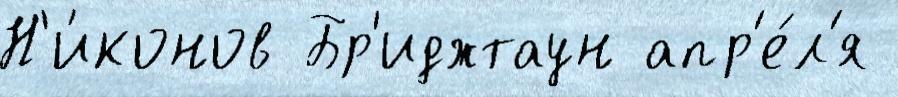
Н'и́конов Бр'иджтаун апр'е́л'я